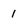
Character: 1